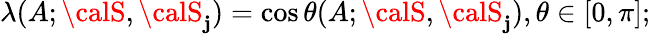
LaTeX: \lambda(A;{\calS},{\calS}_{\mathbf{j}})=\cos\theta(A;{\calS},{\calS}_{\mathbf{j}}),\theta\in[0,\pi];